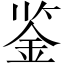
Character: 鉴